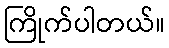
ကြိုက်ပါတယ်။